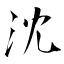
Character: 沈